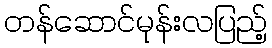
တန်ဆောင်မုန်းလပြည့်